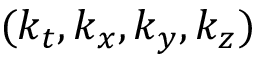
( k _ { t } , k _ { x } , k _ { y } , k _ { z } )